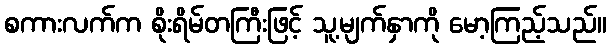
စကားလက်က စိုးရိမ်တကြီးဖြင့် သူ့မျက်နှာကို မော့ကြည့်သည်။